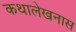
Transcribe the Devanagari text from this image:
कथालेखनास